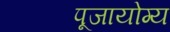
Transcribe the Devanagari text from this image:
पूजायोग्य